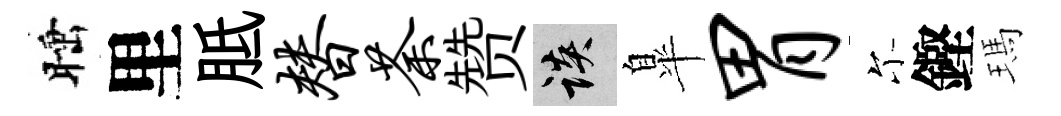
睡里胝替荼赞談臯胃尓鏗瑪